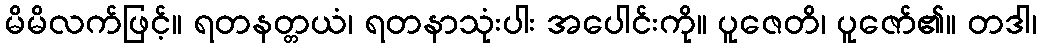
မိမိလက်ဖြင့်။ ရတနတ္တယံ၊ ရတနာသုံးပါး အပေါင်းကို။ ပူဇေတိ၊ ပူဇော်၏။ တဒါ၊